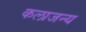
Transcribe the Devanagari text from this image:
कलाजन्य